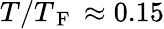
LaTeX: T/T_{\mathrm{~F~}}\approx 0.15